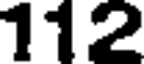
112